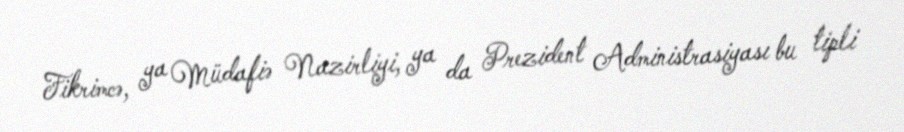
Fikrimcə, ya Müdafiə Nazirliyi, ya da Prezident Administrasiyası bu tipli